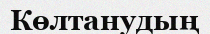
Көлтанудың